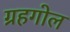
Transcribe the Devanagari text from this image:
ग्रहगोल